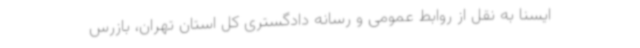
ایسنا به نقل از روابط عمومی و رسانه دادگستری کل استان تهران، بازرس